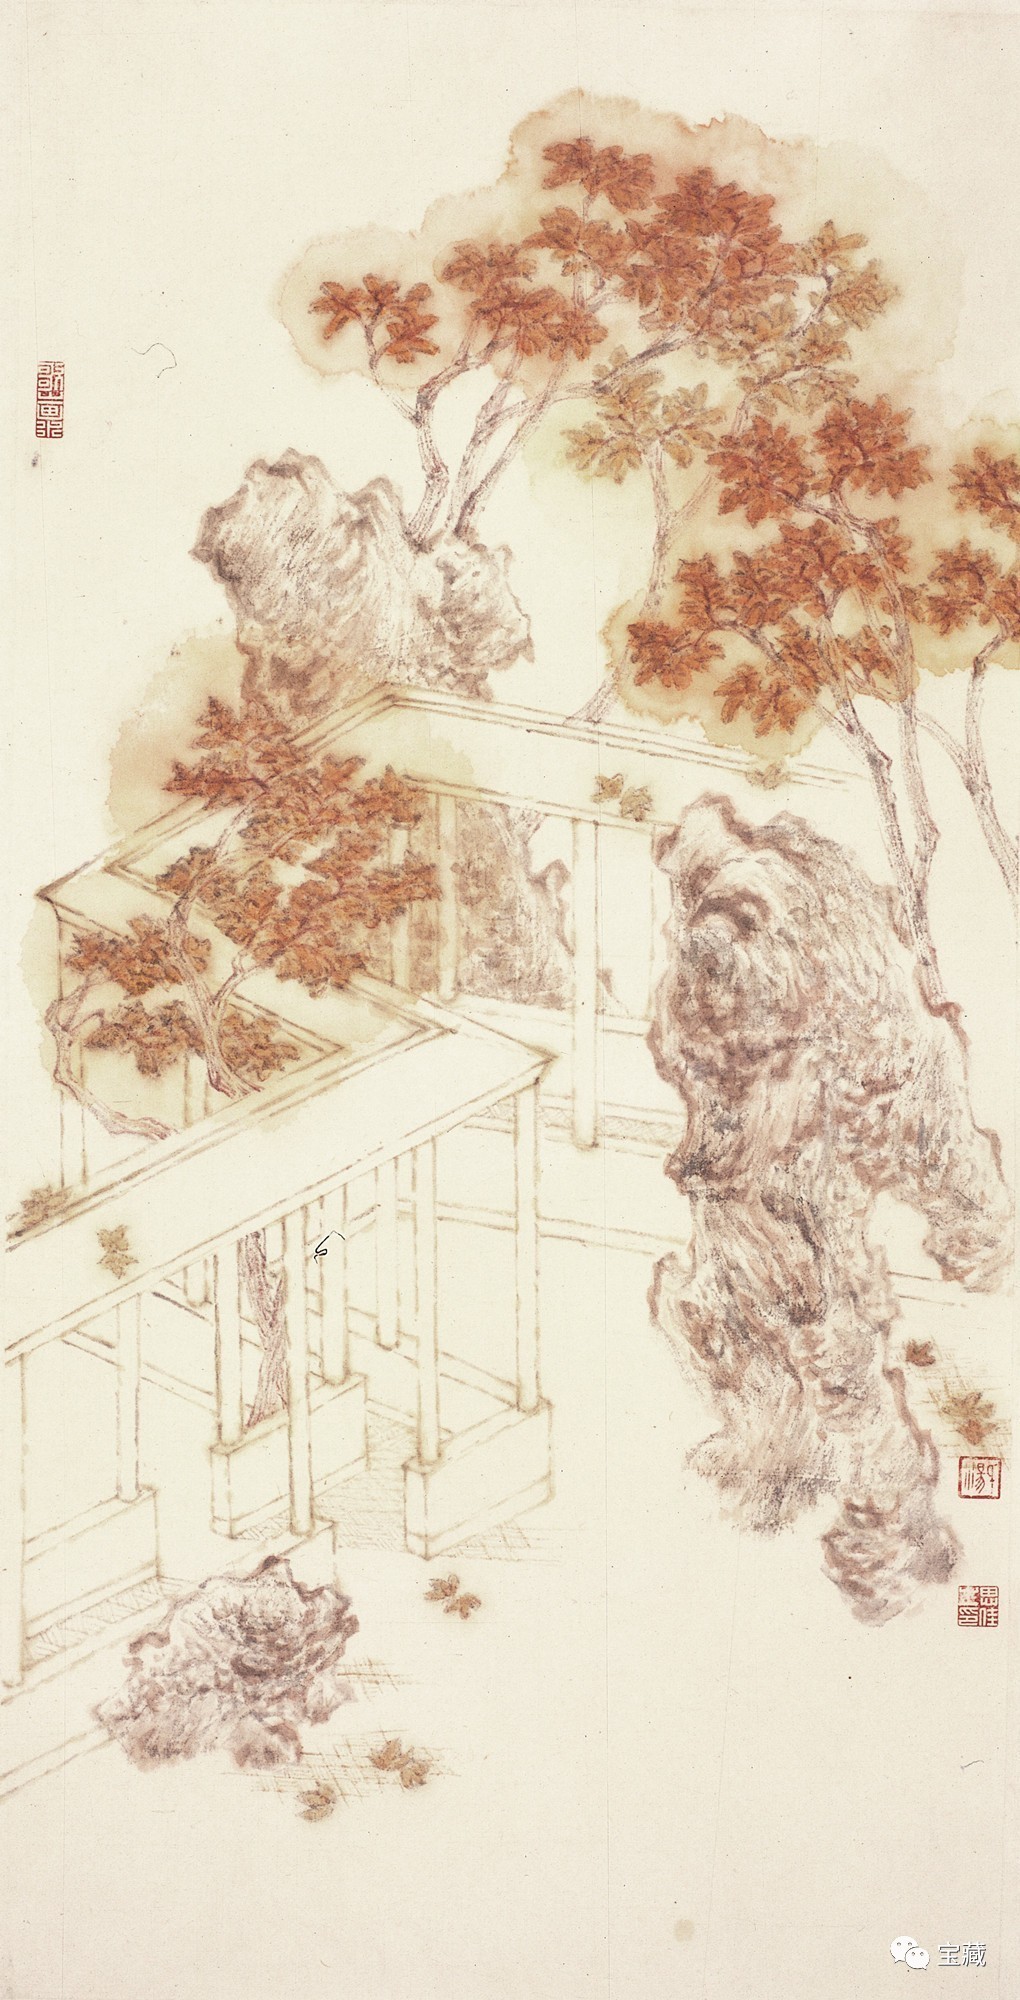
阿香秋梦起娇啼，玉女传幽素。